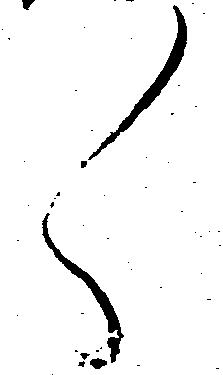
々